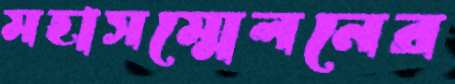
মহাসম্মেলনের